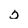
Character: 2